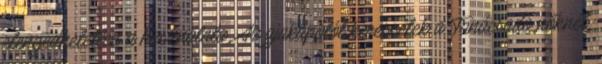
elengedhetetlen a használata. Az ajakápolót keressétek a Tanácsadó nőknél,